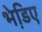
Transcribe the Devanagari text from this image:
भेडि़ए